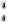
: